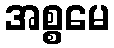
အစ္စမေ